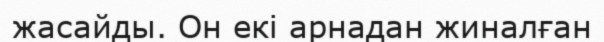
жасайды. Он екі арнадан жиналған